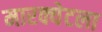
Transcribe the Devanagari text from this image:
मारक्येटला